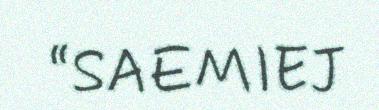
“SAEMIEJ